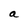
Character: a